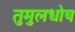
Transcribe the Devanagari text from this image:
तुमुलधोष